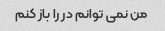
من نمی توانم در را باز کنم